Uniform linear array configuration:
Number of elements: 48
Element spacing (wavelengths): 0.75
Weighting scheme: kaiser
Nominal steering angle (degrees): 15
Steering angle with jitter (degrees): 13.208
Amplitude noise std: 0.05
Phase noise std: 0.05

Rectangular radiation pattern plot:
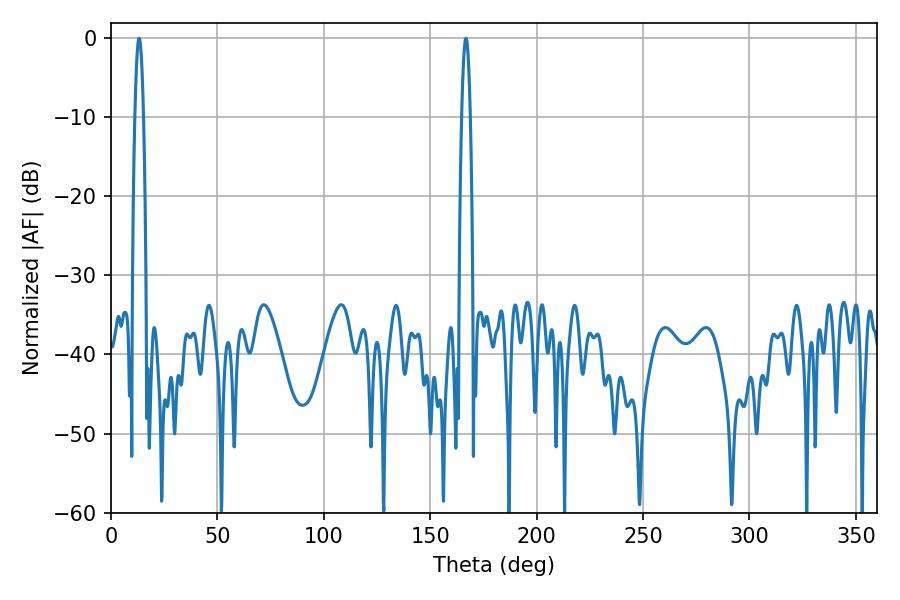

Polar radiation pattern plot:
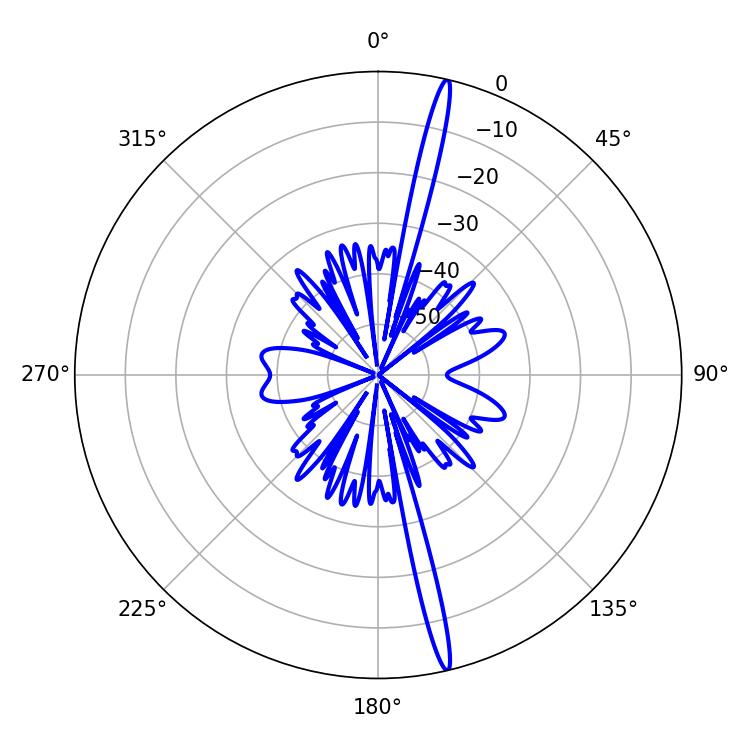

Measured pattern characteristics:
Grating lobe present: TRUE
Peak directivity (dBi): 20.099
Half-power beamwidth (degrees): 2.16
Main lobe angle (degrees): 166.86